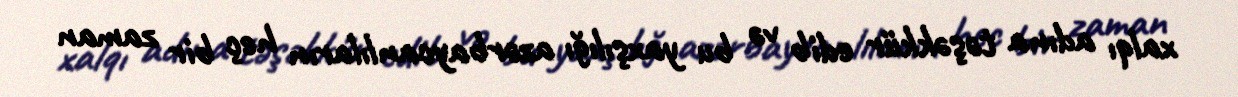
xalqı adına təşəkkür edib və bu yaxşılığı azərbaycanlıların heç bir zaman